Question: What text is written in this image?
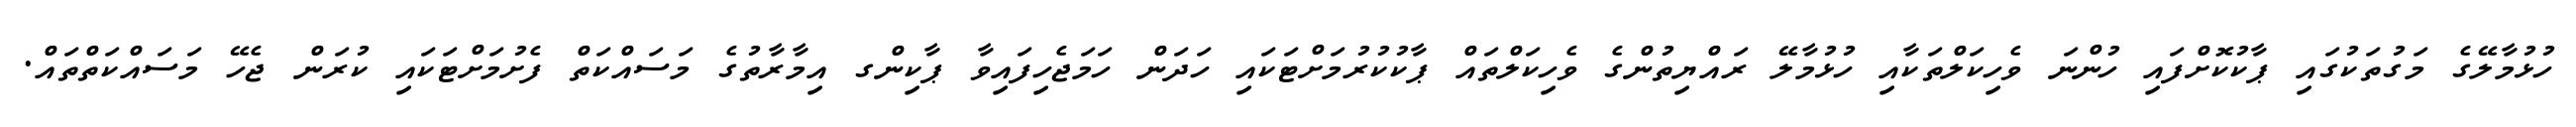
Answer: ހުޅުމާލޭގެ މަގުތަކުގައި ޕާކުކޮށްފައި ހުންނަ ވެހިކަލްތަކާއި ހުޅުމާލޭ ރައްޔިތުންގެ ވެހިކަލްތައް ޕާކުކުރުމަށްޓަކައި ހަދަން ހަމަޖެހިފައިވާ ޕާކިންގ އިމާރާތުގެ މަސައްކަތް ފެށުމަށްޓަކައި ކުރަން ޖެހޭ މަސައްކަތްތައް.